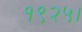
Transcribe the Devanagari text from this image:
१९२५।